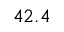
4 2 . 4